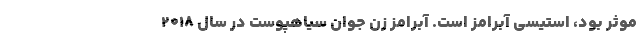
موثر بود، استیسی آبرامز است. آبرامز زن جوان سیاهپوست در سال 2018